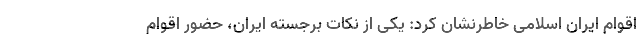
اقوام ایران اسلامی خاطرنشان کرد: یکی از نکات برجسته ایران، حضور اقوام